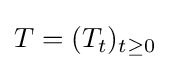
T=(T_{t})_{t\geq 0}